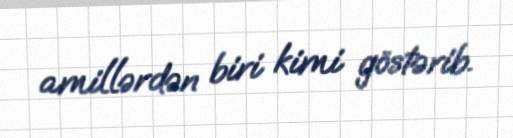
amillərdən biri kimi göstərib.